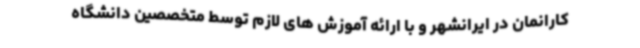
کارانمان در ایرانشهر و با ارائه آموزش های لازم توسط متخصصین دانشگاه